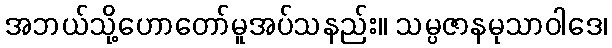
အဘယ်သို့ဟောတော်မူအပ်သနည်း။ သမ္ပဇာနမုသာဝါဒေ၊